Lunatic asylums Bombay report 1891-1903 - 1891-1903
Year: 1891
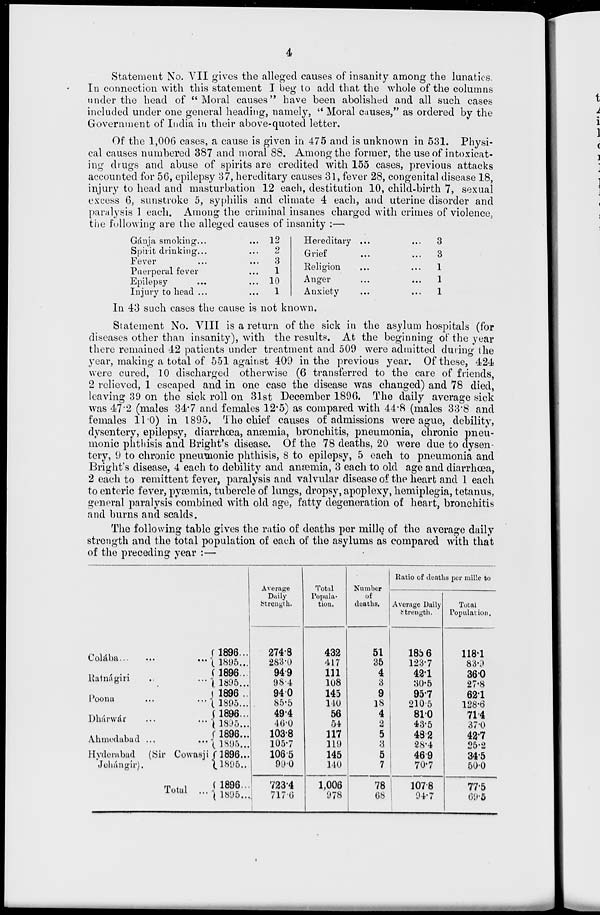
4
Statement No. VII gives the alleged causes of insanity among the lunatics.
In connection with this statement I beg to add that the whole of the columns
under the head of "Moral causes" have been abolished and all such cases
included under one general heading, namely, " Moral causes," as ordered by the
Government of India in their above-quoted letter.
Of the 1,006 cases, a cause is given in 475 and is unknown in 531. Physi-
cal causes numbered 387 and moral 88. Among the former, the use of intoxicat-
ing drugs and abuse of spirits are credited with 155 cases, previous attacks
accounted for 56, epilepsy 37, hereditary causes 31, fever 28, congenital disease 18,
injury to head and masturbation 12 each, destitution 10, child-birth 7, sexual
excess 6, sunstroke 5, syphilis and climate 4 each, and uterine disorder and
paralysis 1 each. Among the criminal insanes charged with crimes of violence,
the following are the alleged causes of insanity :—
Gánja smoking ... ...
Spirit drinking ... ...
Fever ... ...
Puerperal fever ...
Epilepsy ... ...
Injury to head ... ...
12
2
3
1
10
1
Hereditary ... ...
Grief ... ...
Religion ... ...
Anger ... ...
Anxiety ... ...
3
3
1
1
1
In 43 such cases the cause is not known.
Statement No. VIII is a return of the sick in the asylum hospitals (for
diseases other than insanity), with the results. At the beginning of the year
there remained 42 patients under treatment and 509 were admitted during the
year, making a total of 551 against 409 in the previous year. Of these, 424
were cured, 10 discharged otherwise (6 transferred to the care of friends,
2 relieved, 1 escaped and in one case the disease was changed) and 78 died,
leaving 39 on the sick roll on 31st December 1896. The daily average sick
was 47.2 (males 34.7 and females 12.5) as compared with 44.8 (males 33.8 and
females 11.0) in 1895. The chief causes of admissions were ague, debility,
dysentery, epilepsy, diarrhoea, anaemia, bronchitis, pneumonia, chronic pneu-
monic phthisis and Bright's disease. Of the 78 deaths, 20 were due to dysen-
tery, 9 to chronic pneumonic phthisis, 8 to epilepsy, 5 each to pneumonia and
Bright's disease, 4 each to debility and anaemia, 3 each to old age and diarrhoea,
2 each to remittent fever, paralysis and valvular disease of the heart and 1 each
to enteric fever, pyaemia, tubercle of lungs, dropsy, apoplexy, hemiplegia, tetanus,
general paralysis combined with old age, fatty degeneration of heart, bronchitis
and burns and scalds.
The following table gives the ratio of deaths per mille of the average daily
strength and the total population of each of the asylums as compared with that
of the preceding year :—
Colába ... ... ...
Ratnágiri
...
...
Poona
...
...
Dhárwár ... ...
Ahmedabad ... ...
Hyderabad (Sir Cowasji
Jehángir).
Total ...
1896 ...
1895 ...
1896 ...
1895 ...
1896 ..
1895 ...
1896 ...
1895 ...
1896 ...
1895 ...
1896 ...
1895 ..
1896 ...
1895 ...
Average
Daily
Strength.
274.8
283.0
94.9
98.4
94.0
85.5
49.4
46.0
103.8
105.7
106.5
99.0
723.4
717.6
Total
Popula-
tion.
432
417
111
108
145
140
56
54
117
119
145
140
1,006
978
Number
of
deaths.
51
35
4
3
9
18
4
2
5
3
5
7
78
68
Ratio of deaths per mille to
Average Daily
Strength.
185.6
123.7
42.1
30.5
95.7
210.5
81.0
43.5
48.2
28.4
46.9
70.7
107.8
94.7
Total
Population.
118.1
83.9
36.0
27.8
62.1
128.6
71.4
37.0
42.7
25.2
34.5
50.0
77.5
69.5